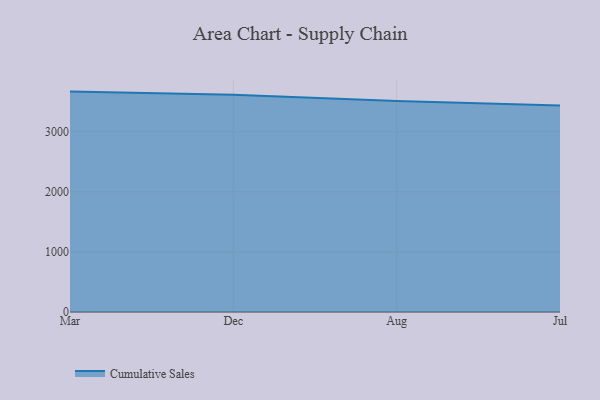
{"axis": {"x": "Month", "y": "Backlog"}, "legend": ["Cumulative Sales"], "data": [{"x": "Mar", "y": 3667.5, "type": "Cumulative Sales"}, {"x": "Dec", "y": 3616.5, "type": "Cumulative Sales"}, {"x": "Aug", "y": 3509.3, "type": "Cumulative Sales"}, {"x": "Jul", "y": 3436.1, "type": "Cumulative Sales"}]}